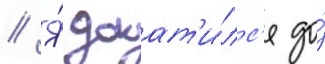
// Я́ докат'и́лс'я до́